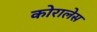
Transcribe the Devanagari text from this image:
कोरालेस